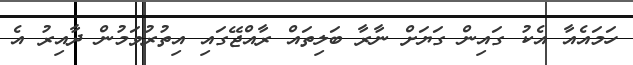
ހަމައެއާ އެކު ގައިން ގަޔަށް ނާރާ ބަލިތައް ރާއްޖޭގައި އިތުރުވަމުން ދާއިރު އެ